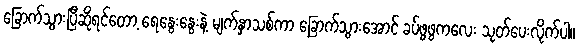
ခြောက်သွားပြီဆိုရင်တော့ ရေနွေးနွေးနဲ့ မျက်နှာသစ်ကာ ခြောက်သွားအောင် ခပ်ဖွဖွကလေး သုတ်ပေးလိုက်ပါ။